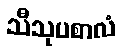
သီသုပစာလံ